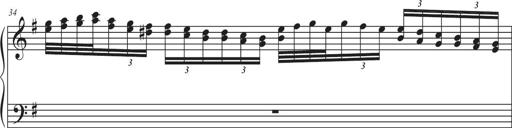
Title: Sonatina Espania
Composer: Jerald Franklin Archer
Key: Various